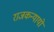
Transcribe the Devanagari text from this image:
राजकन्यायों